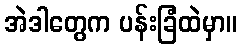
အဲဒါတွေက ပန်းခြံထဲမှာ။